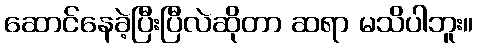
ဆောင်နေခဲ့ပြီးပြီလဲဆိုတာ ဆရာ မသိပါဘူး။